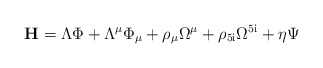
\begin{align*}\rm{\bf{H}}=\Lambda{\Phi}+\Lambda^\mu{\Phi}_\mu+\rho_{\mu}\Omega^{\mu}+\rho_{5i}\Omega^{5i}+\eta\Psi\end{align*}